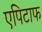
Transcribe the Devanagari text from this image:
एपिटाफ